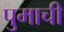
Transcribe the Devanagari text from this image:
पुमाची